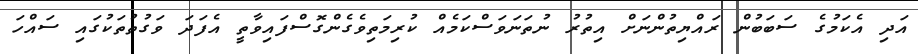
އަދި އެކަމުގެ ސަބަބުން ރައްޔިތުންނަށް އިތުރު ނުތަނަވަސްކަމެއް ކުރިމަތިވެގެންގޮސްފައިވާތީ އެފަދަ ވަގުތުތަކުގައި ސައްހަ